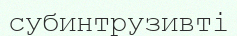
субинтрузивті